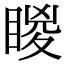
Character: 䁓